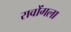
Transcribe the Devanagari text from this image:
रावोंगला